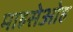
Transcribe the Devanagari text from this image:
माहसेओह